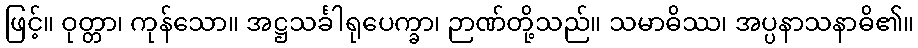
ဖြင့်။ ဝုတ္တာ၊ ကုန်သော။ အဋ္ဌသင်္ခါရုပေက္ခာ၊ ဉာဏ်တို့သည်။ သမာဓိဿ၊ အပ္ပနာသနာဓိ၏။